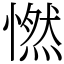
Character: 㦓